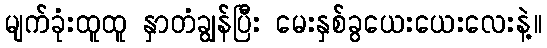
မျက်ခုံးထူထူ နှာတံချွန်ပြီး မေးနှစ်ခွယေးယေးလေးနဲ့။